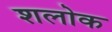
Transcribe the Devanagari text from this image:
शलोक